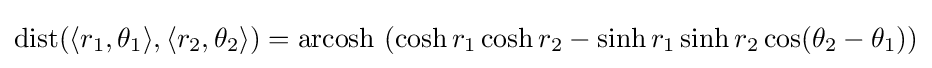
\operatorname {dist} (\langle r_{1},\theta _{1}\rangle ,\langle r_{2},\theta _{2}\rangle )=\operatorname {arcosh} \,\left(\cosh r_{1}\cosh r_{2}-\sinh r_{1}\sinh r_{2}\cos(\theta _{2}-\theta _{1})\right)